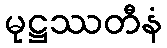
မုဋ္ဌဿတီနံ